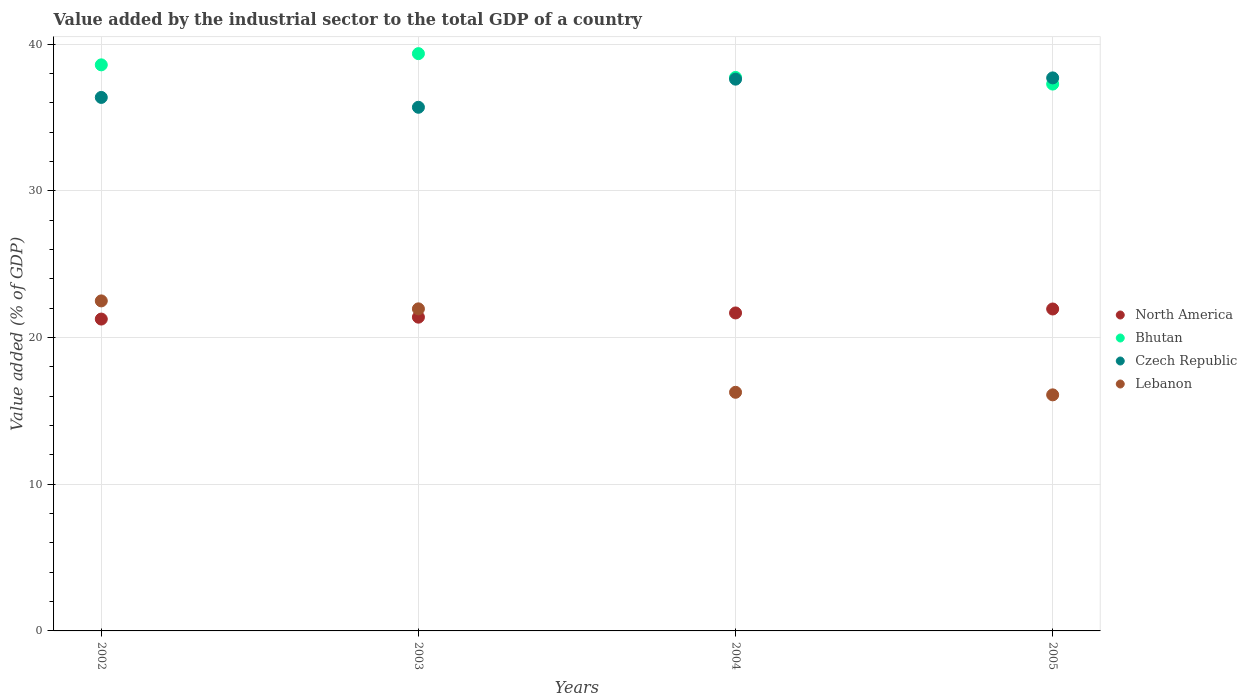
| Years | North America | Bhutan | Czech Republic | Lebanon |
 | --- | --- | --- | --- | --- |
 | 2002 | 21.3 | 38.6 | 36.4 | 22.5 |
 | 2003 | 21.4 | 39.4 | 35.7 | 22 |
 | 2004 | 21.7 | 37.7 | 37.6 | 16.3 |
 | 2005 | 22 | 37.3 | 37.7 | 16.1 |